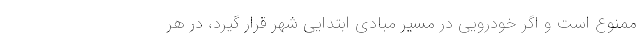
ممنوع است و اگر خودرویی در مسیر مبادی ابتدایی شهر قرار گیرد، در هر